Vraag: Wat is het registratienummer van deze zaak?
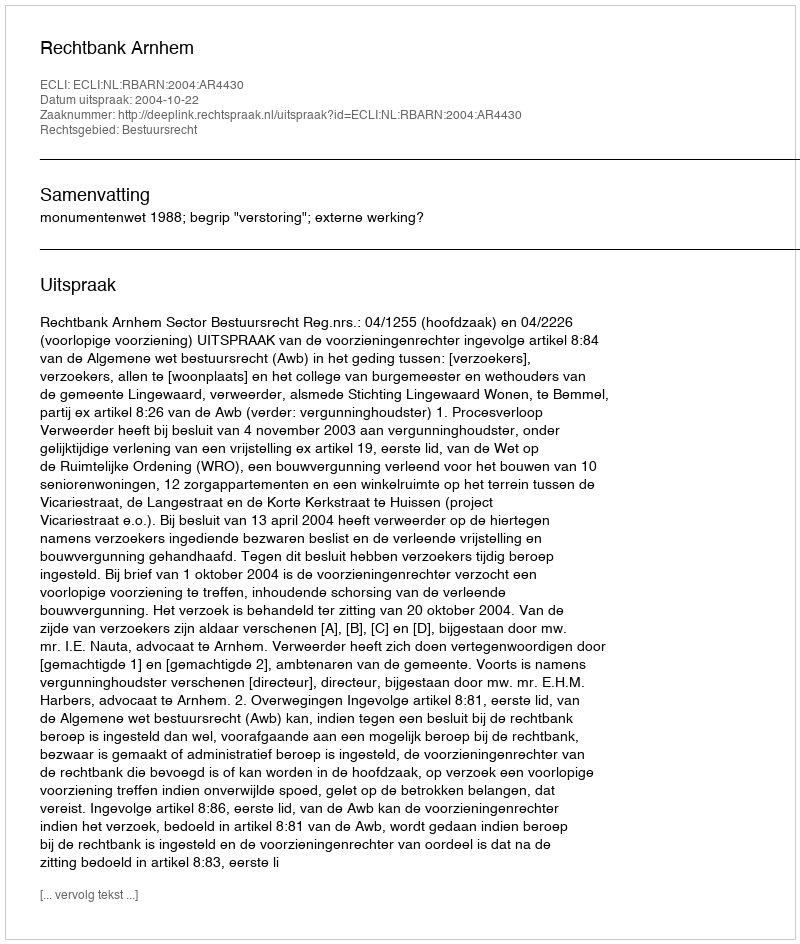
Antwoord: http://deeplink.rechtspraak.nl/uitspraak?id=ECLI:NL:RBARN:2004:AR4430